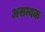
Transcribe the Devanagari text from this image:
असम्यक